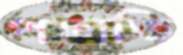
পালতি